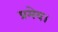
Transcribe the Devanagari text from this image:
प्रमेय।